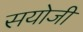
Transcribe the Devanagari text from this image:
सयोजी